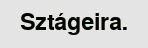
Sztágeira.